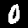
Digit: 0